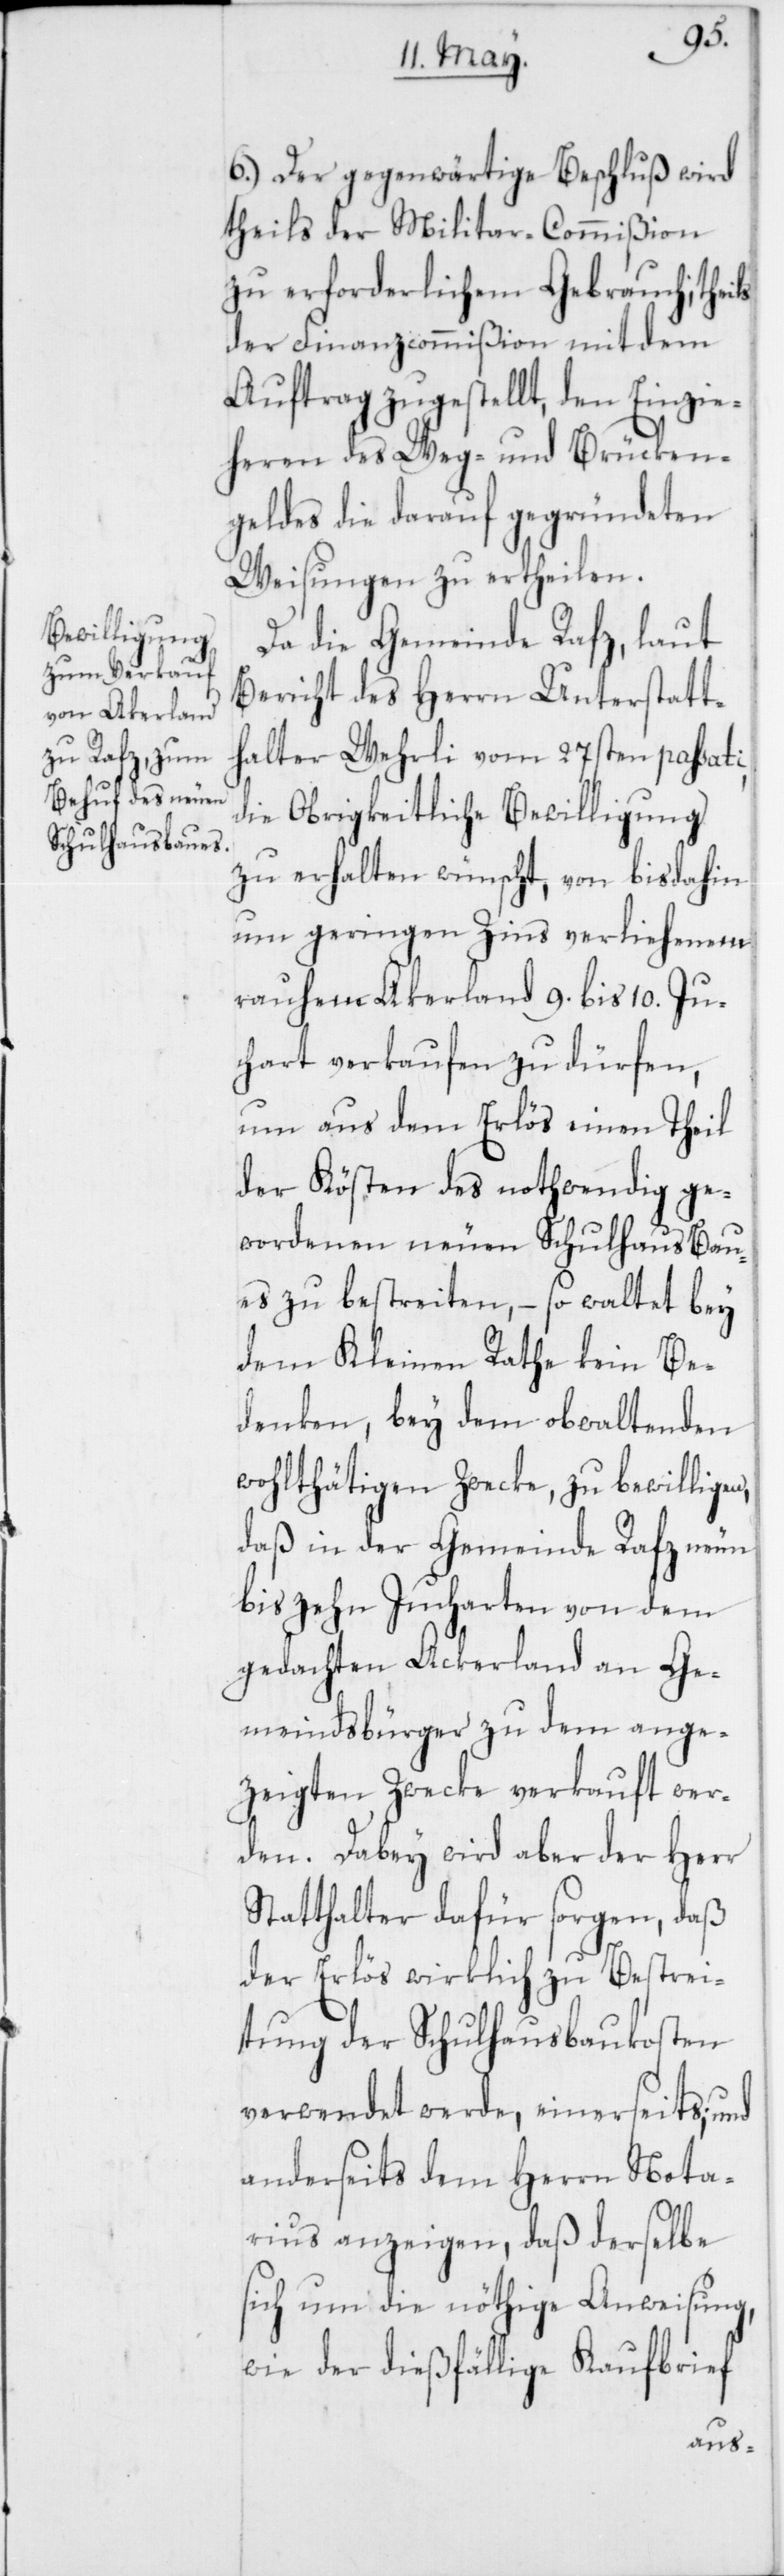
6.) Der gegenwärtige Beschluß wird
theils der Militar-Commißion
zu erforderlichem Gebrauch; theils
der Finanzcommißion mit dem
Auftrag zugestellt, den Einzie¬
heren des Weg- und Brücken¬
geldes die darauf gegründeten
Weisungen zu ertheilen.
Da die Gemeinde Rafz, laut
Bericht des Herrn Unterstatt¬
halter Wehrli vom 27sten passati,
die Obrigkeitliche Bewilligung
zu erhalten wünscht, von bis dahin
um geringen Zins verliehenem
rauhem Akerland 9. bis 10. Ju¬
chart verkaufen zu dürfen,
um aus dem Erlös einen Theil
der Kösten des nothwendig ge¬
wordenen neuen Schulhaus Bau¬
es zu bestreiten, – so waltet bey
dem Kleinen Rathe kein Be¬
denken, bey dem obwaltenden
wohlthätigen Zwecke, zu bewilligen,
daß in der Gemeinde Rafz neun
bis zehn Jucharten von dem
gedachten Ackerland an Ge¬
meindsbürger zu dem ange¬
zeigten Zwecke verkauft wer¬
den. Dabey wird aber der Herr
Statthalter dafür sorgen, daß
der Erlös wirklich zu Bestrei¬
tung der Schulhausbaukosten
verwendet werde, einerseits; und
anderseits dem Herrn Nota¬
rius anzeigen, daß derselbe
sich um die nöthige Anweisung,
wie der dießfällige Kaufbrief